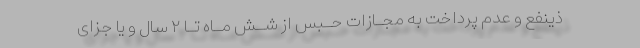
ذینفع و عدم پرداخت به مجـازات حـبس از شـش مـاه تـا ۲ سال و یا جزای